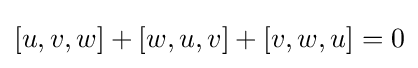
[u,v,w]+[w,u,v]+[v,w,u]=0